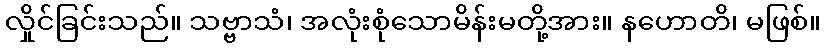
လှိုင်ခြင်းသည်။ သဗ္ဗာသံ၊ အလုံးစုံသောမိန်းမတို့အား။ နဟောတိ၊ မဖြစ်။